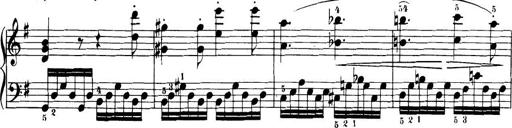
Title: 32 Sonatinas and Rondos for the Piano
Composer: Richard Kleinmichel